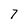
Character: 7